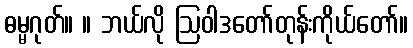
ဓမ္မဂုတ်။ ။ ဘယ်လို ဩဝါဒတော်တုန်းကိုယ်တော်။